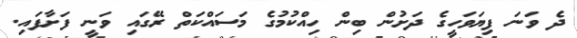
ދެ ވަނަ ފިޔަވަހީގެ ދަށުން ބިން ހިއްކުމުގެ މަސައްކަތް ރޭގައި ވަނީ ފަށާފައި.